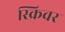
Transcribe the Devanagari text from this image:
स्क्रिवर